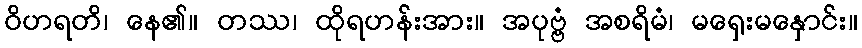
ဝိဟရတိ၊ နေ၏။ တဿ၊ ထိုရဟန်းအား။ အပုဗ္ဗံ အစရိမံ၊ မရှေးမနှောင်း။